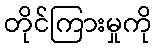
တိုင်ကြားမှုကို